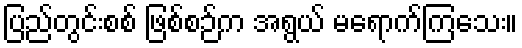
ပြည်တွင်းစစ် ဖြစ်စဉ်က အရွယ် မရောက်ကြသေး။